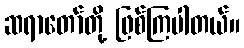
ဆရာတော်တို့ ဖြစ်ကြပါတယ်။